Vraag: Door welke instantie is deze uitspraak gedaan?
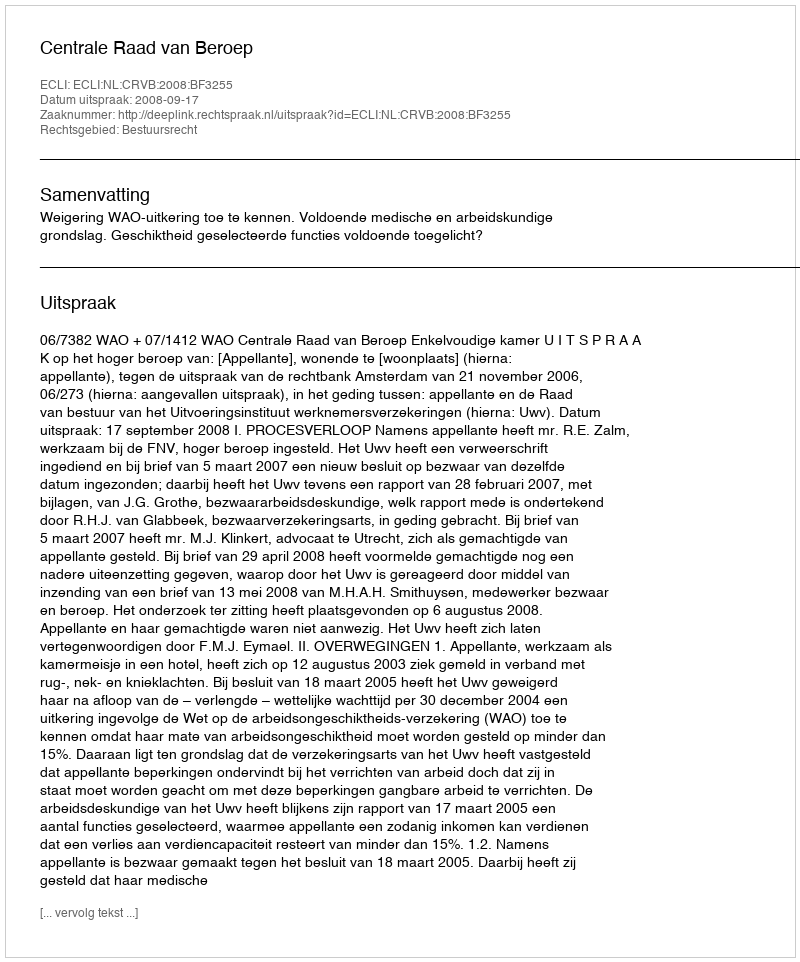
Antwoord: Centrale Raad van Beroep